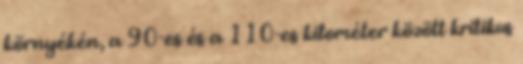
környékén, a 90-es és a 110-es kilométer között kritikus